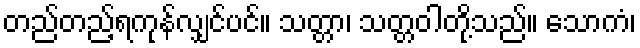
တည်တည့်ရကုန်လျှင်ပင်။ သတ္တာ၊ သတ္တဝါတို့သည်။ သောကံ၊